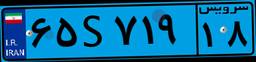
۳۹S۹۹۱۴۴